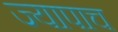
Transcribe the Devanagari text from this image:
ज्यापाच